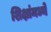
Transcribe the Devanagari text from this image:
शिक्षांमध्ये